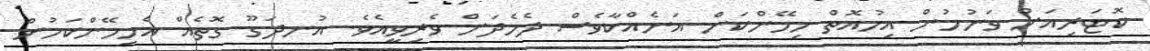
ކޮޓަރިއަށް ވަނުމުން އިހުއޮތް ހިމޭންކަން އަނެއްކާވެސް ދެމެދަށް ވެރިވީއެވެ. އުނދަގޫ ގޮތެއް އެހިމޭންކަމުން